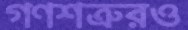
গণশত্রুরও